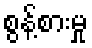
စွန့်စားမှု